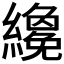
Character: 𬘇